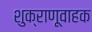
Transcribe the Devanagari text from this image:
शुक्राणूवाहक